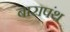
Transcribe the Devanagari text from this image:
बारापंथ